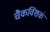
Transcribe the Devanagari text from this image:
चैकविंशकं